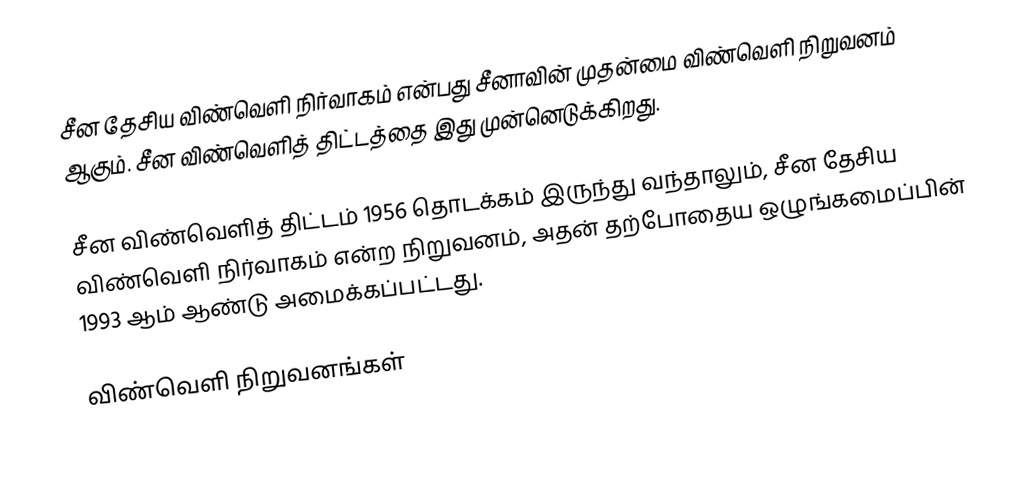
சீன தேசிய விண்வெளி நிர்வாகம் என்பது சீனாவின் முதன்மை விண்வெளி நிறுவனம் ஆகும். சீன விண்வெளித் திட்டத்தை இது முன்னெடுக்கிறது.

சீன விண்வெளித் திட்டம் 1956 தொடக்கம் இருந்து வந்தாலும், சீன தேசிய விண்வெளி நிர்வாகம் என்ற நிறுவனம், அதன் தற்போதைய ஒழுங்கமைப்பின் 1993 ஆம் ஆண்டு அமைக்கப்பட்டது.

விண்வெளி நிறுவனங்கள்